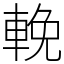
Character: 輓